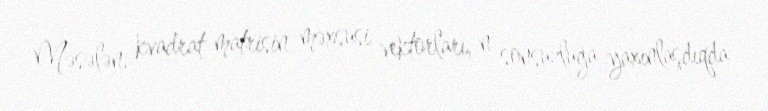
Məsələn, kvadrat matrisin məxsusi vektorları, n sonsuzluğa yaxınlaşdıqda